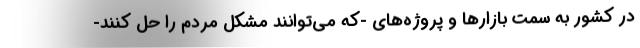
در کشور به سمت بازارها و پروژه‌های -که می‌توانند مشکل مردم را حل کنند-